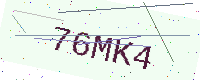
Text: 76MK4